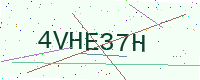
Text: 4VHE37H